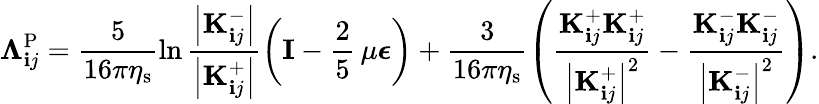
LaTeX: \boldsymbol{\Lambda}_{\mathbf{i}j}^{\mathrm{{P}}}=\frac{{5}}{{16\pi\eta_{\mathrm{{s}}}}}\ln\frac{{\left|\mathbf{{K}}_{\mathbf{i}j}^{-}\right|}}{{\left|\mathbf{{K}}_{\mathbf{i}j}^{+}\right|}}\left(\mathbf{{I}}-\frac{{2}}{{5}}\, \mu\boldsymbol{\epsilon}\right)+\frac{{3}}{{16\pi\eta_{\mathrm{{s}}}}}\left(\frac{{\mathbf{{K}}_{\mathbf{i}j}^{+}\mathbf{{K}}_{\mathbf{i}j}^{+}}}{{\left|\mathbf{{K}}_{\mathbf{i}j}^{+}\right|^{2}}}-\frac{{\mathbf{{K}}_{\mathbf{i}j}^{-}\mathbf{{K}}_{\mathbf{i}j}^{-}}}{{\left|\mathbf{{K}}_{\mathbf{i}j}^{-}\right|^{2}}}\right).